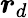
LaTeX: \boldsymbol{r}_{d}